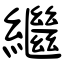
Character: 繼